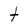
Character: t